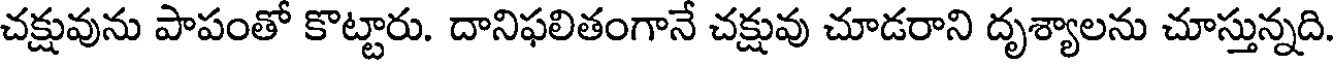
చక్షువును పాపంతో కొట్టారు. దానిఫలితంగానే చక్షువు చూడరాని దృశ్యాలను చూస్తున్నది.